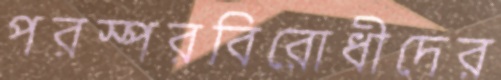
পরস্পরবিরোধীদের